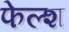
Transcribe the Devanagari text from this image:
फेल्श